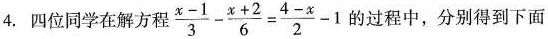
4.四位同学在解方程 $$\frac { x - 1 } {3 }